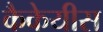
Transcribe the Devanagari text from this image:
कैकेयीस